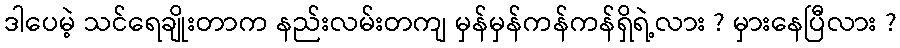
ဒါပေမဲ့ သင်ရေချိုးတာက နည်းလမ်းတကျ မှန်မှန်ကန်ကန်ရှိရဲ့လား ? မှားနေပြီလား ?